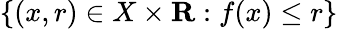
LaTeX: \left\{ (x,r)\in X\times\mathbf{R}:f(x)\leq r\right\}